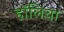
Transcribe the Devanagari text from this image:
हॉलिचा